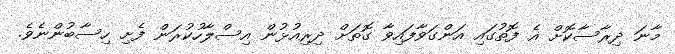
މާނަ ދިރާސާކޮށް އެ ފޮތުގައި އަންގަވާފައިވާ ގޮތަށް ދިރިއުޅުން އިސްލާހުކުރަން ފެށި ހިސާބުންނެވެ.